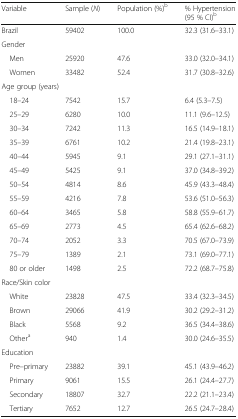
| Variable | Sample (N) | Population (%)b | % Hypertension (95 % CI)b |
 | --- | --- | --- | --- |
 | Brazil | 59402 | 100.0 | 32.3 (31.6–33.1) |
 | <COLSPAN=4> Gender |
 | Men | 25920 | 47.6 | 33.0 (32.0–34.1) |
 | Women | 33482 | 52.4 | 31.7 (30.8–32.6) |
 | <COLSPAN=4> Age group (years) |
 | 18–24 | 7542 | 15.7 | 6.4 (5.3–7.5) |
 | 25–29 | 6280 | 10.0 | 11.1 (9.6–12.5) |
 | 30–34 | 7242 | 11.3 | 16.5 (14.9–18.1) |
 | 35–39 | 6761 | 10.2 | 21.4 (19.8–23.1) |
 | 40–44 | 5945 | 9.1 | 29.1 (27.1–31.1) |
 | 45–49 | 5425 | 9.1 | 37.0 (34.8–39.2) |
 | 50–54 | 4814 | 8.6 | 45.9 (43.3–48.4) |
 | 55–59 | 4216 | 7.8 | 53.6 (51.0–56.3) |
 | 60–64 | 3465 | 5.8 | 58.8 (55.9–61.7) |
 | 65–69 | 2773 | 4.5 | 65.4 (62.6–68.2) |
 | 70–74 | 2052 | 3.3 | 70.5 (67.0–73.9) |
 | 75–79 | 1389 | 2.1 | 73.1 (69.0–77.1) |
 | 80 or older | 1498 | 2.5 | 72.2 (68.7–75.8) |
 | <COLSPAN=4> Race/Skin color |
 | White | 23828 | 47.5 | 33.4 (32.3–34.5) |
 | Brown | 29066 | 41.9 | 30.2 (29.2–31.2) |
 | Black | 5568 | 9.2 | 36.5 (34.4–38.6) |
 | Othera | 940 | 1.4 | 30.0 (24.6–35.5) |
 | <COLSPAN=4> Education |
 | Pre–primary | 23882 | 39.1 | 45.1 (43.9–46.2) |
 | Primary | 9061 | 15.5 | 26.1 (24.4–27.7) |
 | Secondary | 18807 | 32.7 | 22.2 (21.1–23.4) |
 | Tertiary | 7652 | 12.7 | 26.5 (24.7–28.4) |